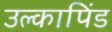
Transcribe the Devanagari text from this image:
उल्‍कापिंड